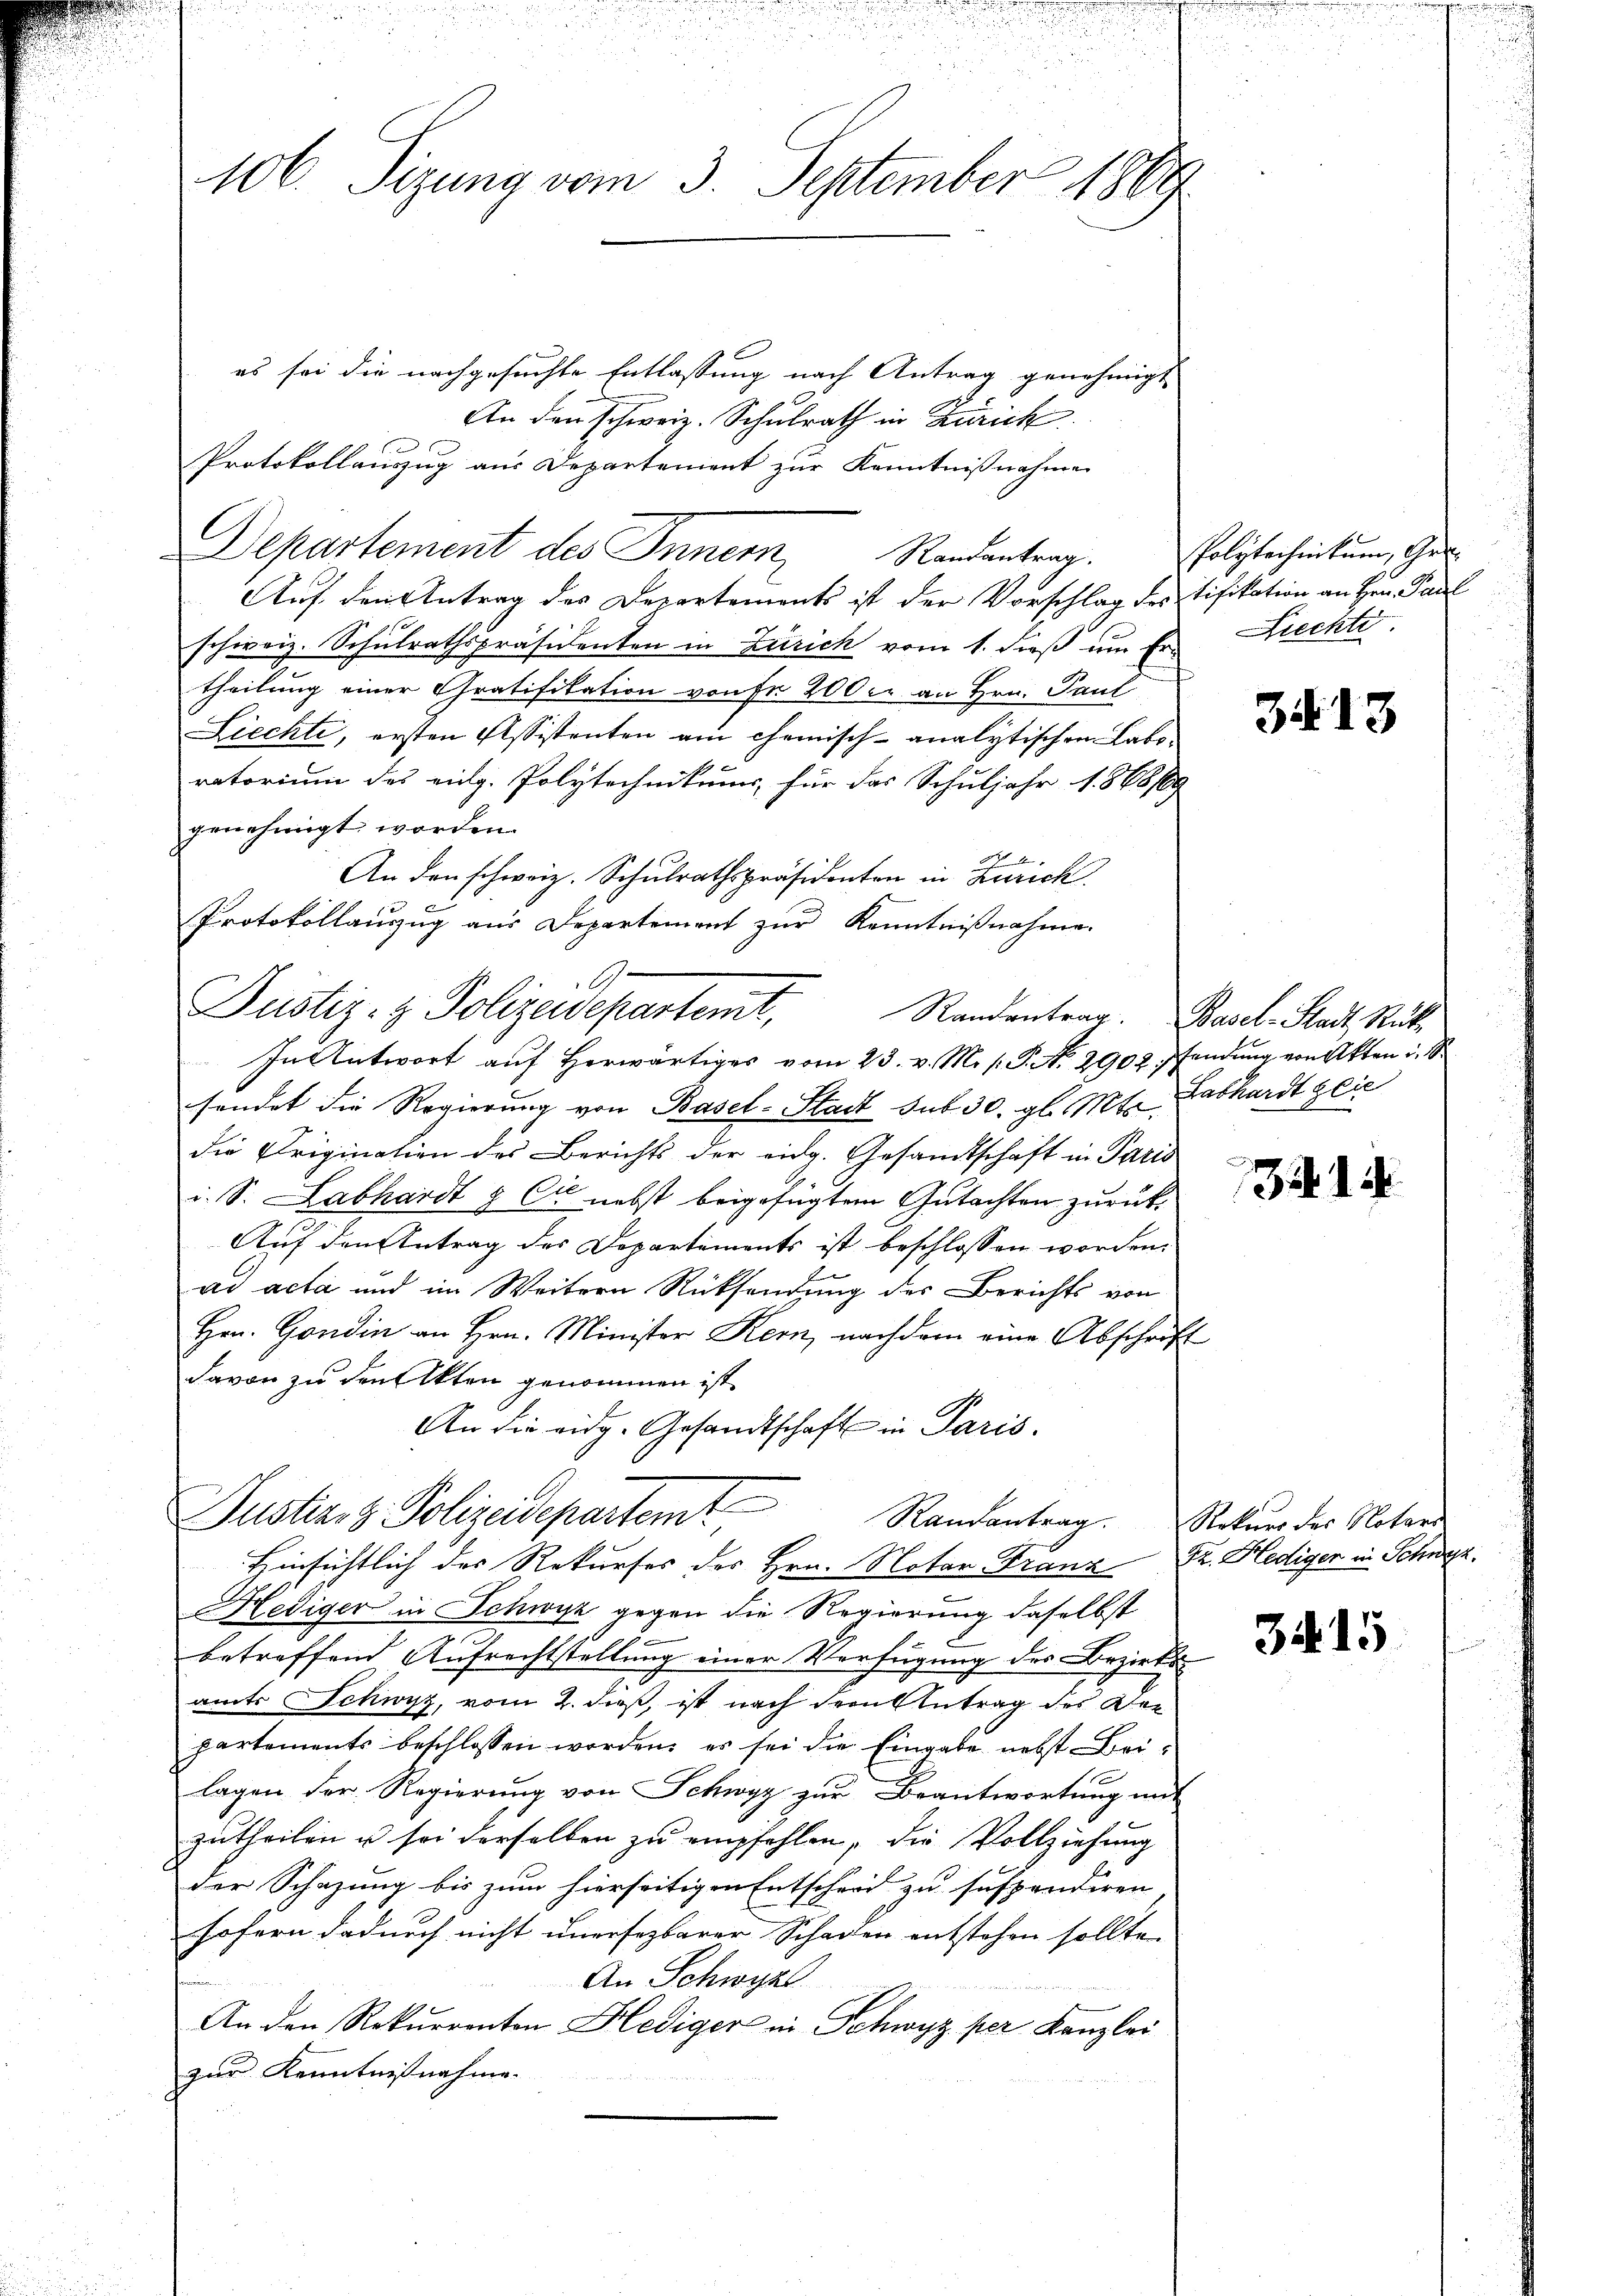
106. Sizung vom 3. September 1869

es sei die nachgesuchte Entlassung nach Antrag genehmigt
An den schweiz. Schulrath in Zürich
Protokollauszug aus Departement zur Kenntnißnahme
C
Departement des Innern,
Auf den Antrag des Departements ist der Vorschlag des Tifikation an Hrn. Paul
schweiz. Schulrathspräsidenten in Zürich vom 1. dieß um Er rechte
theilung einer Gratifikation von Fr. 200 er an Hrn. Paul
Liechte, ersten Assistenten ain chemisch-analytischen Laboratorium des eidg. Polytechnikums, für das Schuljahr 1868/69
genehmigt worden.
An den schweiz. Schulrathspräsidenten in Zürich
Protokollauszug aus Departement zur Kenntnißnahme.
sendet die Regierung von Basel-Stadt sub 30. gl. Mt. Labhardt glic
die Origination des Berichts der eidg. Gesandtschaft in Paris
i. S. Labhardt & Cie nebst beigefügtem Gutachten zurück¬
Auf den Antrag des Departements ist beschlossen worden.
ad acta und im Weitern Rücksendung des Berichts von
Hrn. Gondin an Hrn. Minister Kern, nachdem eine Abschrift
davon zu den Akten genommen ist.
An die eidg. Gesandtschaft in Paris.
Justiz- & Polizeidepartemt
Randantrag. Rekurs der Notari
Hinsichtlich des Rekurses des Hrn. Notar Franz u. Blediger in Schwyz.
Hediger in Schwyz gegen die Regierung daselbst
betreffend Aufrechtstellung einer Verfügung des Bezirks
amts Schwyz, vom 2. dieß, ist nach dem Antrag des Departements beschlossen worden, es sei die Eingabe nebst Beilagen der Regierung von Schwyz zur Beantwortung mit
zutheilen u sei derselben zu empfehlen, die Vollziehung
der Schazung bis zum hierseitigen Entscheid zu suspendiren
sofern dadurch nicht unersezbarer Schaden entstehen sollte.
An Schwyzl
An den Rekurrenten Hediger in Schwyz per Kanzlei
zur Kenntnißnahme.

Justiz- & Polizeidepartemt, Randantrag. Basel-Stadt, Stück
In Antwort auf herwärtiges vom 23. v. M. s P. No. 2902. Pfandung von Akten in

Randantrag.

Polytechnikum, Ge¬

3413

32. 14

3415